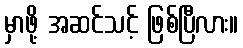
မှာဖို့ အဆင်သင့် ဖြစ်ပြီလား။